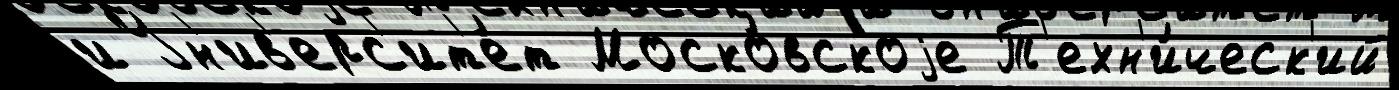
и Ун'ив'ерс'ит'е́т Моско́вскоjе Т'ехн'и́ческ'ий